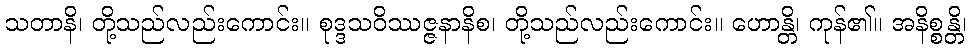
သတာနိ၊ တို့သည်လည်းကောင်း။ စုဒ္ဒသဝိဿဇ္ဇနာနိစ၊ တို့သည်လည်းကောင်း။ ဟောန္တိ၊ ကုန်၏။ အနိစ္စန္တိ၊